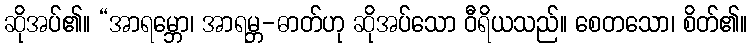
ဆိုအပ်၏။ “အာရမ္ဘော၊ အာရမ္ဘ-ဓာတ်ဟု ဆိုအပ်သော ဝီရိယသည်။ စေတသော၊ စိတ်၏။